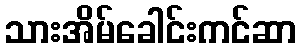
သားအိမ်ခေါင်းကင်ဆာ